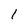
Character: l